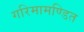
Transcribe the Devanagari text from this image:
गरिमामण्डित